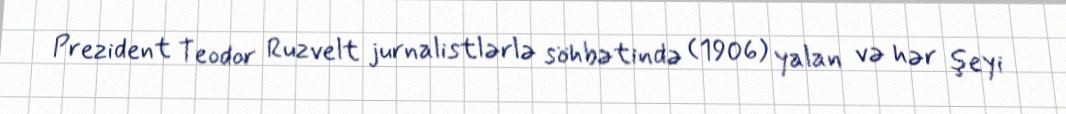
Prezident Teodor Ruzvelt jurnalistlərlə söhbətində (1906) yalan və hər şeyi